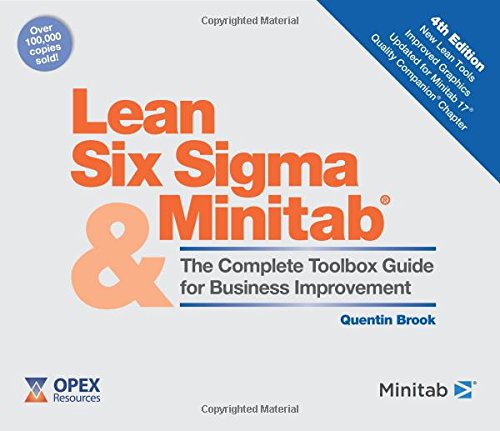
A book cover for Lean Six Sigma and Minitab (4th Edition): The Complete Toolbox Guide for Business Improvement; Quentin Brook; Business & Money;